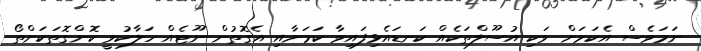
ނަމަވެސް އެކަމަށް ވަކި އުސޫލްތަކެއް ކަނޑައެޅިފައިވާ ކަމަށާއި އެގޮތުން ނޫޓެއް ހަލާކުވީ ކޮންގޮތަކަށްތޯ